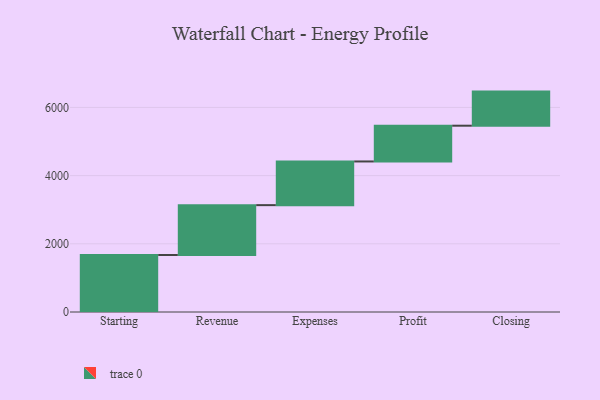
{"axis": {"x": "Step", "y": "Value"}, "legend": [""], "data": [{"x": "Starting", "y": 1672.0, "type": ""}, {"x": "Revenue", "y": 1462.0, "type": ""}, {"x": "Expenses", "y": 1281.0, "type": ""}, {"x": "Profit", "y": 1049.0, "type": ""}, {"x": "Closing", "y": 1000, "type": ""}]}